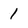
Character: 1